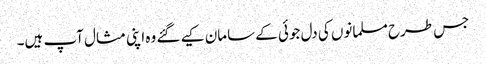
جس طرح مسلمانوں کی دل جوئی کے سامان کیے گئے وہ اپنی مثال آپ ہیں۔